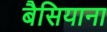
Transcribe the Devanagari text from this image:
बैसियाना